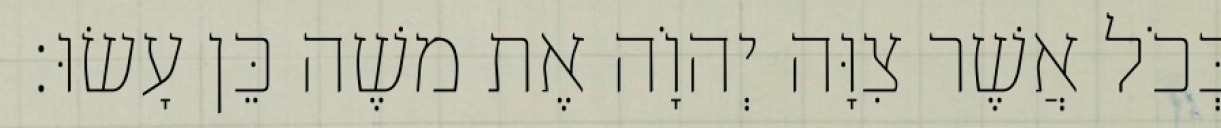
כְּכֹל אֲשֶׁר צִוָּה יְהוָֹה אֶת משֶׁה כֵּן עָשׂוּ׃